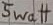
Text: 5Watt